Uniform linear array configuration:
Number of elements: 4
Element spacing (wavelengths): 1
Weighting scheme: uniform
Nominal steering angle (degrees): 0
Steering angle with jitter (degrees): -1.95
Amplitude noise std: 0.05
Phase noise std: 0.05

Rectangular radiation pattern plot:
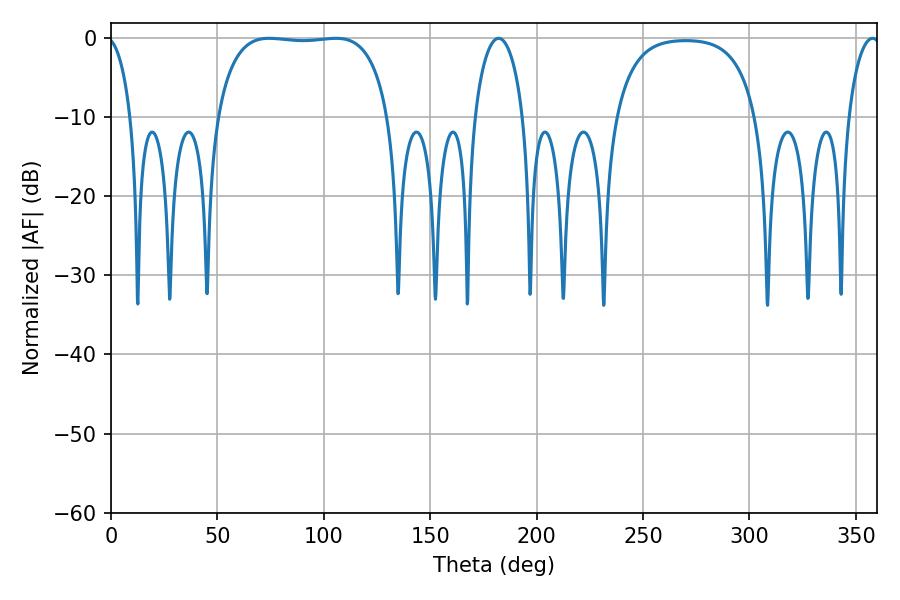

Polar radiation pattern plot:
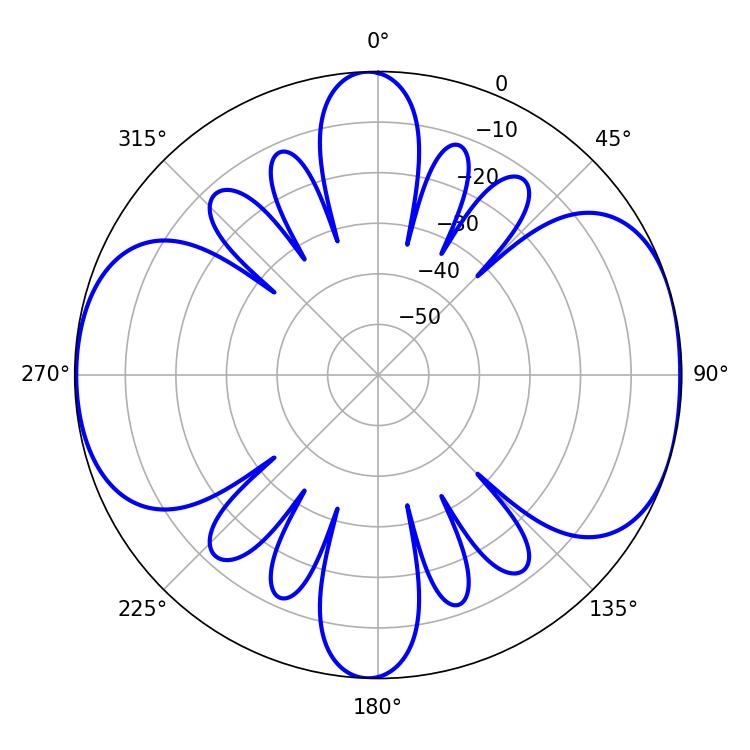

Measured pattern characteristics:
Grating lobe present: TRUE
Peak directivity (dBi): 8.4
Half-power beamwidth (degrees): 64.08
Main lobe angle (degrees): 74.34